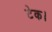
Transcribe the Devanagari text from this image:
टेक।